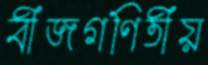
বীজগণিতীয়